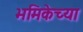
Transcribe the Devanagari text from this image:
भमिकेच्या